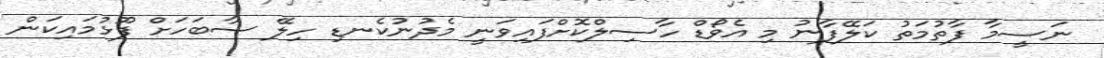
ނަސީމާ ފާތުމަތު ކަލޭފާނު މި އެވޯޑް ހާސިލްކޮށްފައިވަނީ މެދުނުކެނޑި ހިލޭ ސާބަހަށް ފޫޅުމައިކަން